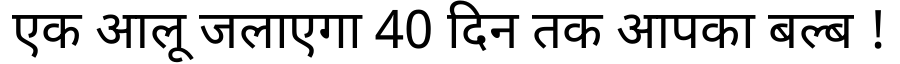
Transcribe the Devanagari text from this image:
एक आलू जलाएगा 40 दिन तक आपका बल्ब !